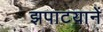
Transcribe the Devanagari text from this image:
झपाटयानें